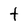
Character: t